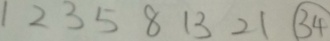
1 2 3 5 8 1 3 2 1 \textcircled { 3 4 }